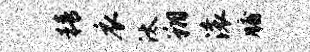
精衣汰翔滚牖